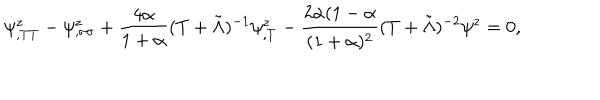
LaTeX: \psi _ { , T T } ^ { z } - \psi _ { , \sigma \sigma } ^ { z } + \frac { 4 \alpha } { 1 + \alpha } ( T + \tilde { \Lambda } ) ^ { - 1 } \psi _ { , T } ^ { z } - \frac { 2 \alpha ( 1 - \alpha } { ( 1 + \alpha ) ^ { 2 } } ( T + \tilde { \Lambda } ) ^ { - 2 } \psi ^ { z } = 0 ,